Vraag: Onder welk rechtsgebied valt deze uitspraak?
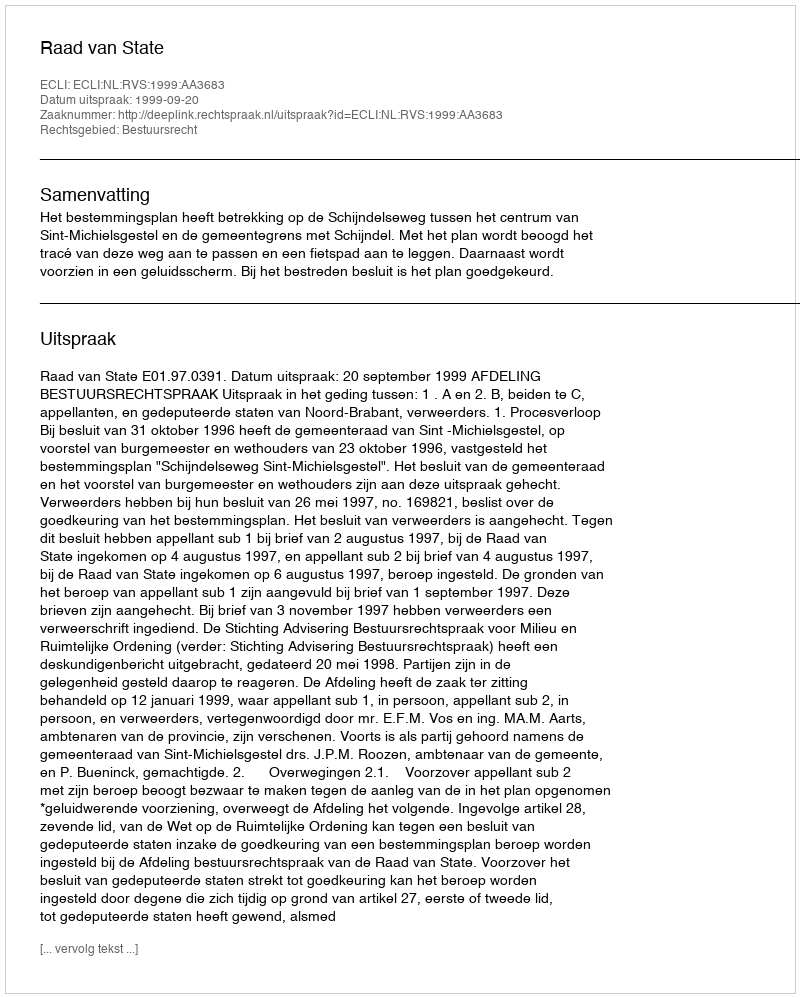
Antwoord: Bestuursrecht